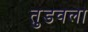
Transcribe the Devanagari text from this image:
तुडवला